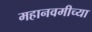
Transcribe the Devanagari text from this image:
महानवमीच्या